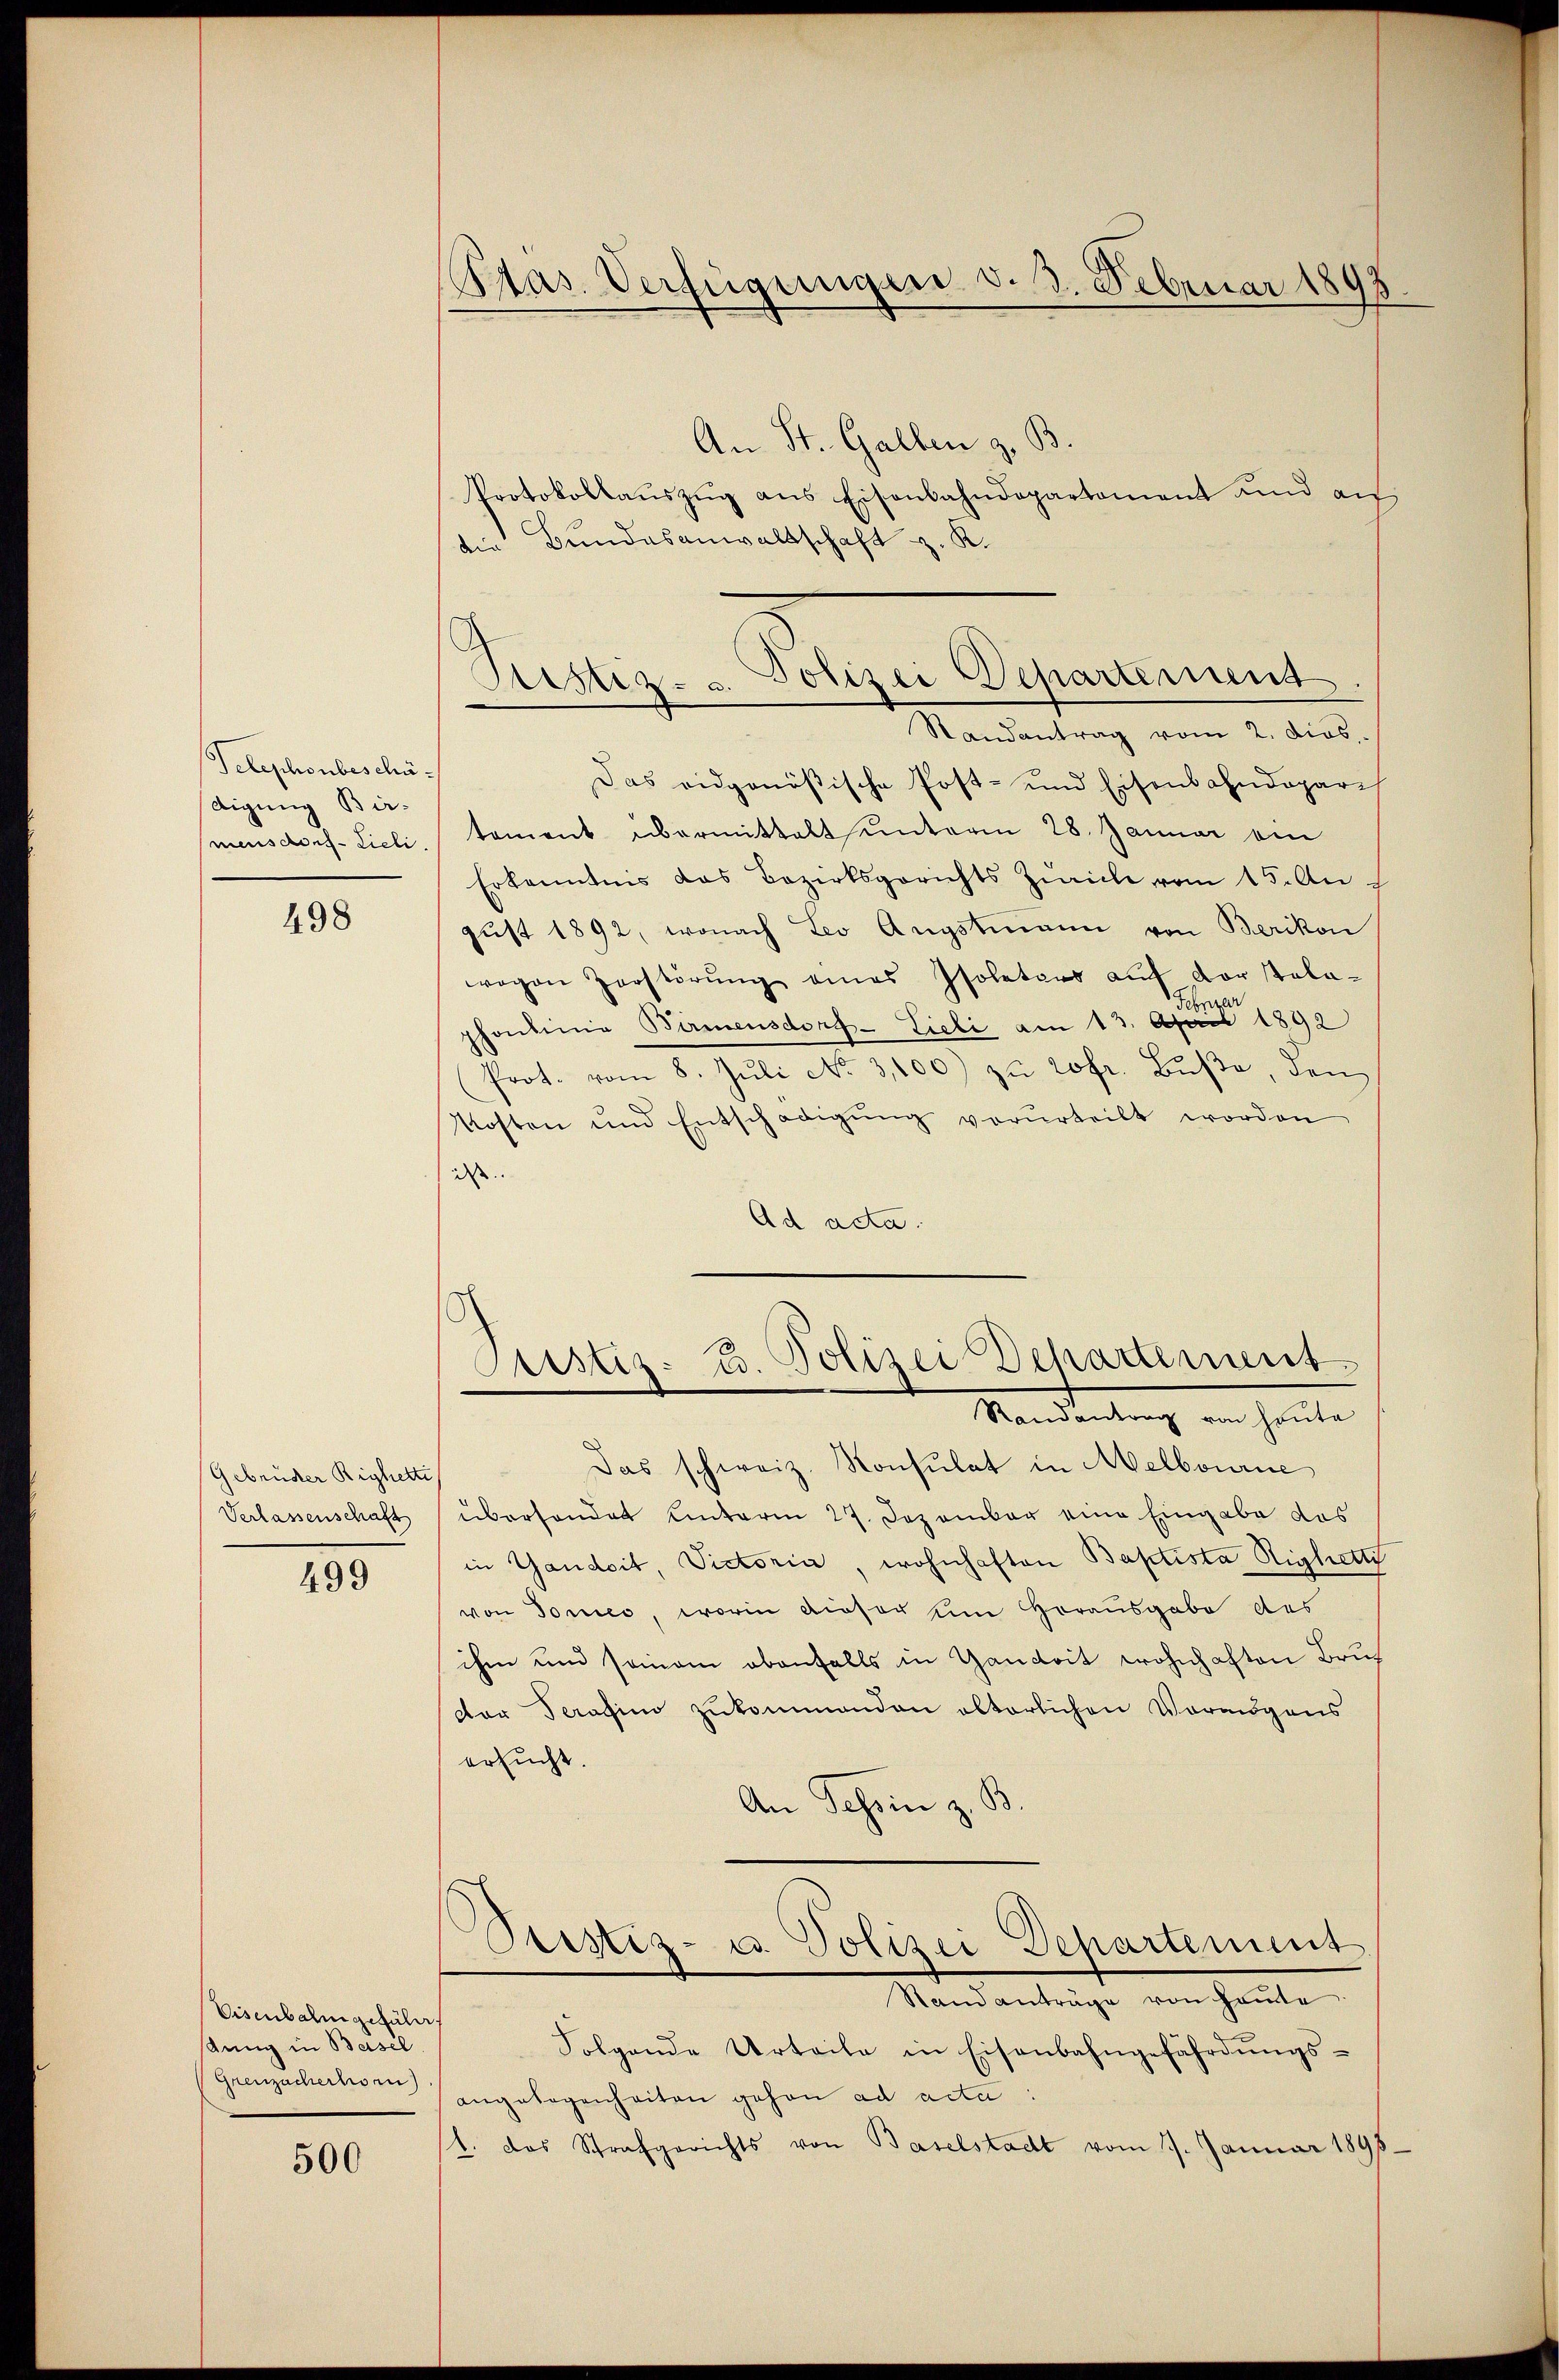
Telephonbeschädigung Bir-
mensdorf- Lieli

498

Gebrüder Righetti
Verlassenschaft

499

Eisenbahngeführt
stung in Basel
(Grenzachertori

500

Pras. Verfügungen d. 3. Februar 1898.

An St. Gallen z. B.
Protokollaŭszŭg ans Eisenbahndepartement und au
die Bundesanwaltschaft z. K.
Randantrag vom 2. dies
Das eidgenößische Post- und Eisenbahndepari
toment übermittelt unterm 28. Januar ein
Erkenntnis das Bezirksgerichts Zürich vom 15. Au
gŭst 1892, wonach Leo Augstmann von Berikon
wogen Zerstörŭng eines Isoletars aŭf der stola-
sehnten
phonlinie Bamensdorf- Lieli am 13. April 1892
Prot. vom 8. Jŭli No 3,100) zu 20fr. Bŭβe, den
Kosten und Entschädigŭng vorurteilt worden
dass
Ad acta.

Sistiz- u. Polizei Departement

Justiz- u. Polizei Departement
Randantrag von heute

Das schweiz. Konsulat in Melbourne
überhandet unterm 27. Dezember eine Eingabe das
in Gandoit, Victoria, wohnhaften Baptista Righetti
von Domes, worin dieser um Herausgabe des
ihm und seinem obenfalls in Gandoit wohnhaften Bruder Serasino zukommenden alterlichen Vermögens
ersucht.
An Tessin z. B.
.
Ptistiz- u. Polizei Departement
Standanträge von heute
Folgende Urteile in Eisenbahngefährdŭngs-
angelegenheiten gehen ad acta
4. das Strafgerichts von Baselstadt vom 7. Januar 1898